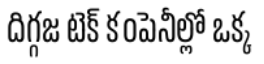
దిగ్గజ టెక్ కంపెనీల్లో ఒక్క